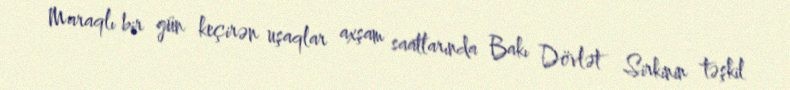
Maraqlı bir gün keçirən uşaqlar axşam saatlarında Bakı Dövlət Sirkinin təşkil